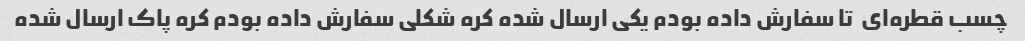
چسب قطره‌ای  تا سفارش داده بودم یکی ارسال شده کره شکلی سفارش داده بودم کره پاک ارسال شده